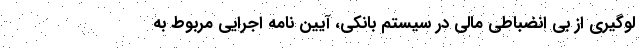
لوگیری از بی انضباطی مالی در سیستم بانکی، آیین نامه اجرایی مربوط به